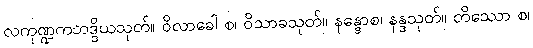
လကုဏ္ဍကဘဒ္ဒိယသုတ်။ ဝိလာခေါ စ၊ ဝိသာခသုတ်။ နန္ဒောစ၊ နန္ဒသုတ်။ တိဿော စ၊